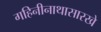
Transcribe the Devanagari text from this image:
गहिनीनाथासारखे